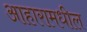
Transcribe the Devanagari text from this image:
आहारामधील